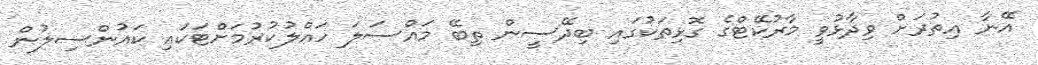
އޭނާ އިތުރަށް ވިދާޅުވީ މާރުކޭޓްގެ ގޮޅިތަކުގައި ބިދޭސީން ތިބޭ މައްސަލަ ހައްލުކުރުމަށްޓަކައި ކައުންސިލުން